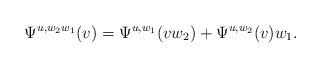
LaTeX: \begin{align*}\Psi^{u,w_2w_1}(v) =\Psi^{u,w_1}(vw_2)+ \Psi^{u,w_2}(v)w_1.\end{align*}